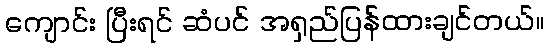
ကျောင်း ပြီးရင် ဆံပင် အရှည်ပြန်ထားချင်တယ်။